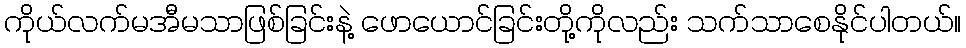
ကိုယ်လက်မအီမသာဖြစ်ခြင်းနဲ့ ဖောယောင်ခြင်းတို့ကိုလည်း သက်သာစေနိုင်ပါတယ်။